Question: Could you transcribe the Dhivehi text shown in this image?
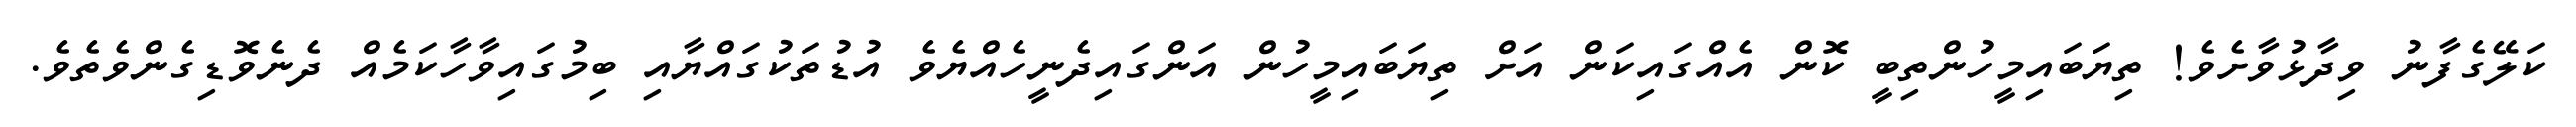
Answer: ކަލޭގެފާނު ވިދާޅުވާށެވެ! ތިޔަބައިމީހުންތިބީ ކޮން އެއްގައިކަން އަށް ތިޔަބައިމީހުން އަންގައިދެނީހެއްޔެވެ އުޑުތަކުގައްޔާއި ބިމުގައިވާހާކަމެއް ދެނެވޮޑިގެންވެތެވެ.